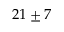
2 1 \pm 7